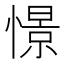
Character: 憬